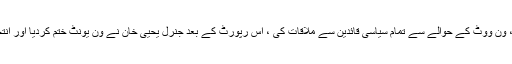
ون یونٹ اور ون مین، ون ووٹ کے حوالے سے تمام سیاسی قائدین سے ملاقات کی ، اس رپورٹ کے بعد جنرل یحییٰ خان نے ون یونٹ ختم کردیا اور انتخابات کا اعلان کردیا۔